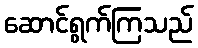
ဆောင်ရွက်ကြသည်